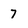
Character: 7